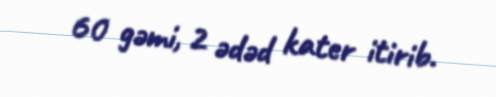
60 gəmi, 2 ədəd kater itirib.